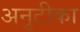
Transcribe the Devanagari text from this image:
अनुटीका